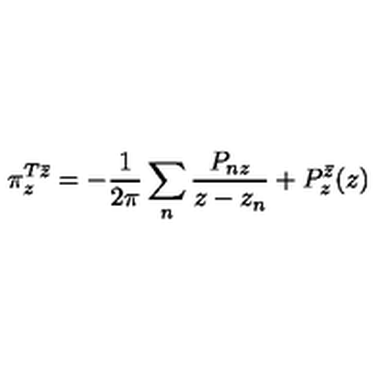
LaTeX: \pi _ { z } ^ { T \bar { z } } = - \frac { 1 } { 2 \pi } \sum _ { n } \frac { P _ { n z } } { z - z _ { n } } + P _ { z } ^ { \bar { z } } ( z )